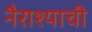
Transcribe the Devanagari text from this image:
नैराश्याची